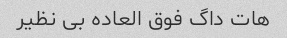
هات داگ فوق العاده بی نظیر